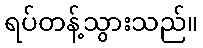
ရပ်တန့်သွားသည်။